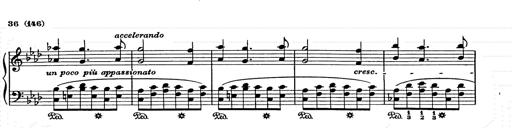
Title: Weihnachtsbaum
Composer: Franz Liszt